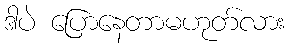
ဒါပဲ ပြောနေတာမဟုတ်လား